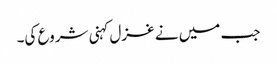
جب میں نے غزل کہنی شروع کی۔